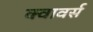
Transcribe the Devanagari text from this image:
क्वावर्स